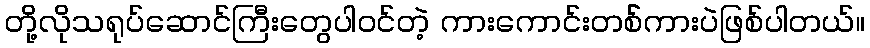
တို့လိုသရုပ်ဆောင်ကြီးတွေပါဝင်တဲ့ ကားကောင်းတစ််ကားပဲဖြစ်ပါတယ်။